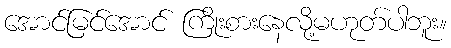
အောင်မြင်အောင် ကြိုးစားနေလို့မဟုတ်ပါဘူး။